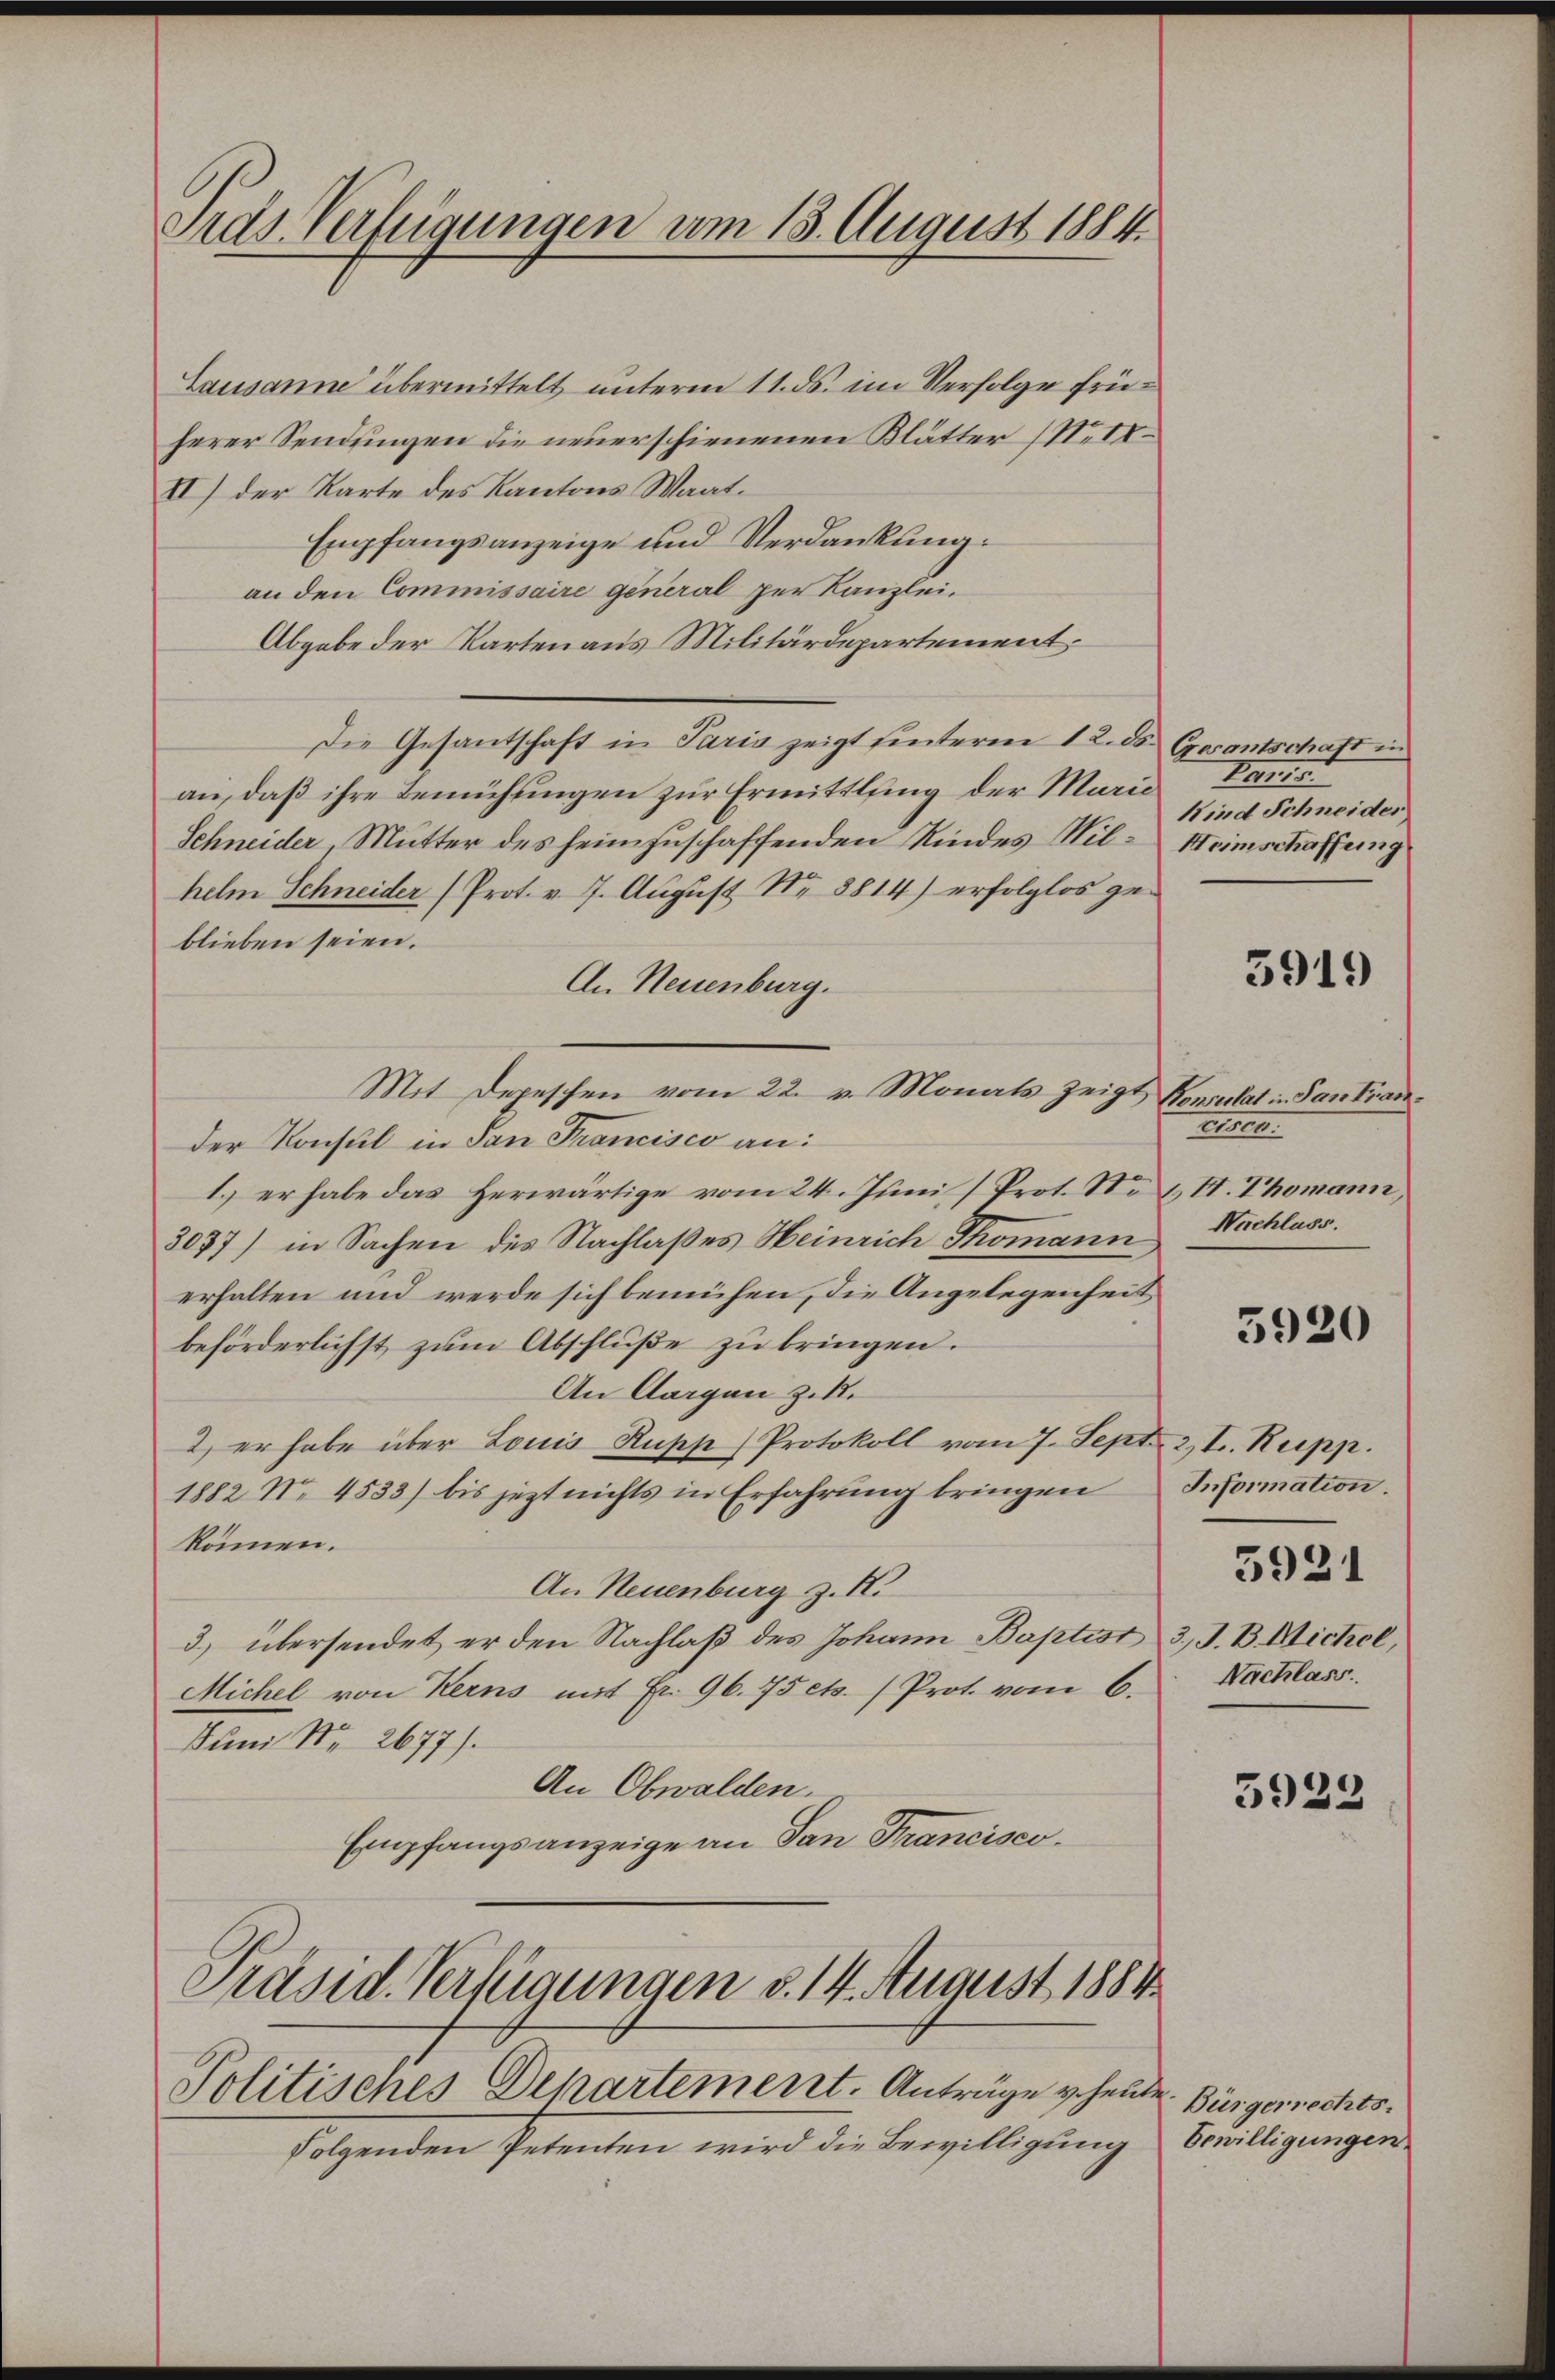
Ards Verfügungen vom 18. August 1884.

Lausanne übermittelt unterm 11. ds. im Verfolge früherer Sendungen die neuerschienenen Klätter Mit¬
II) der Karte des Kantons Waat.
Empfangsanzeige und Verdankung:
an den Commissaire general per Kanzlei.
Abgabe der Karten aus Militärdepartement.
Die Gesandschaft in Paria zeigt hinterm 12. ds Gerantschaft in
an, daß ihre Bemühungen zur Ermittlung der Marie
Schneider, Mutter des heimzuschaffenden Kindes Wil-Heimschaffung
helm Schneider (Prot. v. 7. August Nr. 8814) erfolglos geblieben seien.
An Neuenburg.
Mit Depeschen vom 22. v. Monats zeigt
der Konsul in San Francisco an:
1. er habe das herwärtige vom 24. Juni (Prot. No II. Thomann,
3037) in Sachen des Nachlaßes Heinrich Thomann,
erhalten und werde sich bemühen, die Angelegenheit
beförderlichst zum Abschluße zu bringen.
An Aargau Zikl.
2) er habe über Louis Rupp) Protokoll vom 7. Sept. 2, I. Rupp.
1882 No 4533) bis jezt nichts in Erfahrŭng bringen Information.
können.
An Neuenburg z. K.
3) übersendet er den Nachlaß des Johann Baptist 3, S. B. Michel,
Michel von Kerns mit Fr. 96. 75 cts. (Prot. vom 6.
Juni Nr. 2677).
An Obwalden.
Empfangsanzeige an San Francisco
Präsid. Verfügungen d. 14. August 1884
Politisches Departement. Anträge gehende
Folgenden Petenten wird die Bewilligung bewilligungen

Pa18
Kind Schneider

3919

Vonsulat in Santran.
M
Nachlass.

5920

Nachlass

5921

5923

Bürgerrechts-